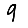
Digit: 9